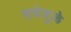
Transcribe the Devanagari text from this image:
लवेमुळे